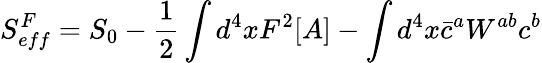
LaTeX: S_{eff}^{F}=S_{0}-\frac{1}{2}\int d^{4}xF^{2}[A]-\int d^{4}x\bar{c}^{a}W^{ab}c^{b}